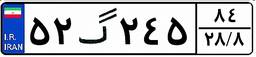
۰۶گ۲۲۴۷۳